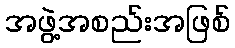
အဖွဲ့အစည်းအဖြစ်